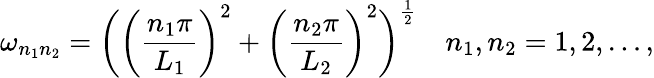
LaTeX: \omega_{n_{1}n_{2}}=\biggl(\biggl(\frac{n_{1}\pi}{L_{1}}\biggr)^{2}+\biggl(\frac{n_{2}\pi}{L_{2}}\biggr)^{2}\biggr)^{\frac{1}{2}}~~~~n_{1},n_{2}=1,2,\dots,